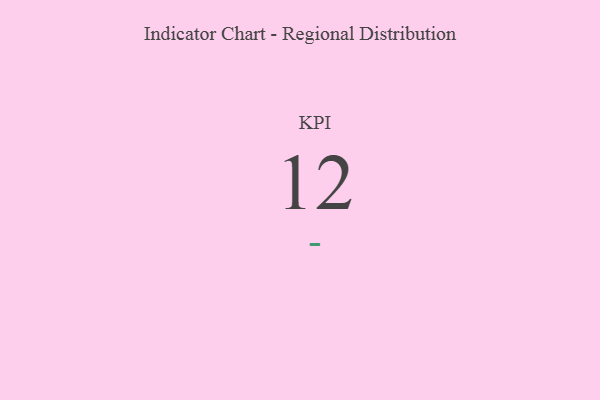
{"axis": {"x": "KPI", "y": "Value"}, "legend": [""], "data": [{"x": "KPI", "y": 12, "type": ""}]}